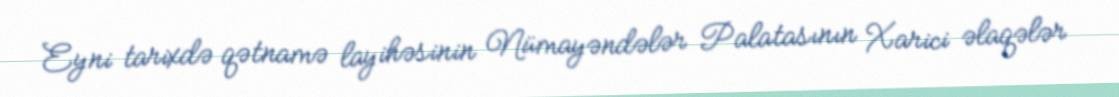
Eyni tarixdə qətnamə layihəsinin Nümayəndələr Palatasının Xarici əlaqələr